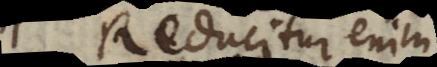
8) reducitur enim